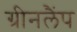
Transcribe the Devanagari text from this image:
ग्रीनलैंप